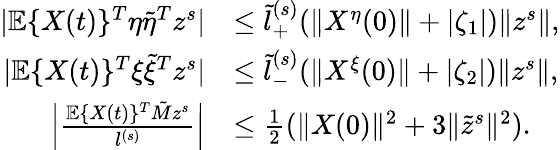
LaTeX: \begin{array}{rl}{|\mathbb{E}\{ X(t)\} ^{T}\eta\tilde{\eta}^{T}z^{s}|}&{\le\tilde{l}_{+}^{(s)}(\| X^{\eta}(0)\| +|\zeta_{1}|)\| z^{s}\| ,}\\ {|\mathbb{E}\{ X(t)\} ^{T}\xi\tilde{\xi}^{T}z^{s}|}&{\le\tilde{l}_{-}^{(s)}(\| X^{\xi}(0)\| +|\zeta_{2}|)\| z^{s}\| ,}\\ {\Big|\frac{\mathbb{E}\{ X(t)\} ^{T}\tilde{M}z^{s}}{l^{(s)}}\Big|}&{\le\frac{1}{2}(\| X(0)\| ^{2}+3\| \tilde{z}^{s}\| ^{2}).}\end{array}